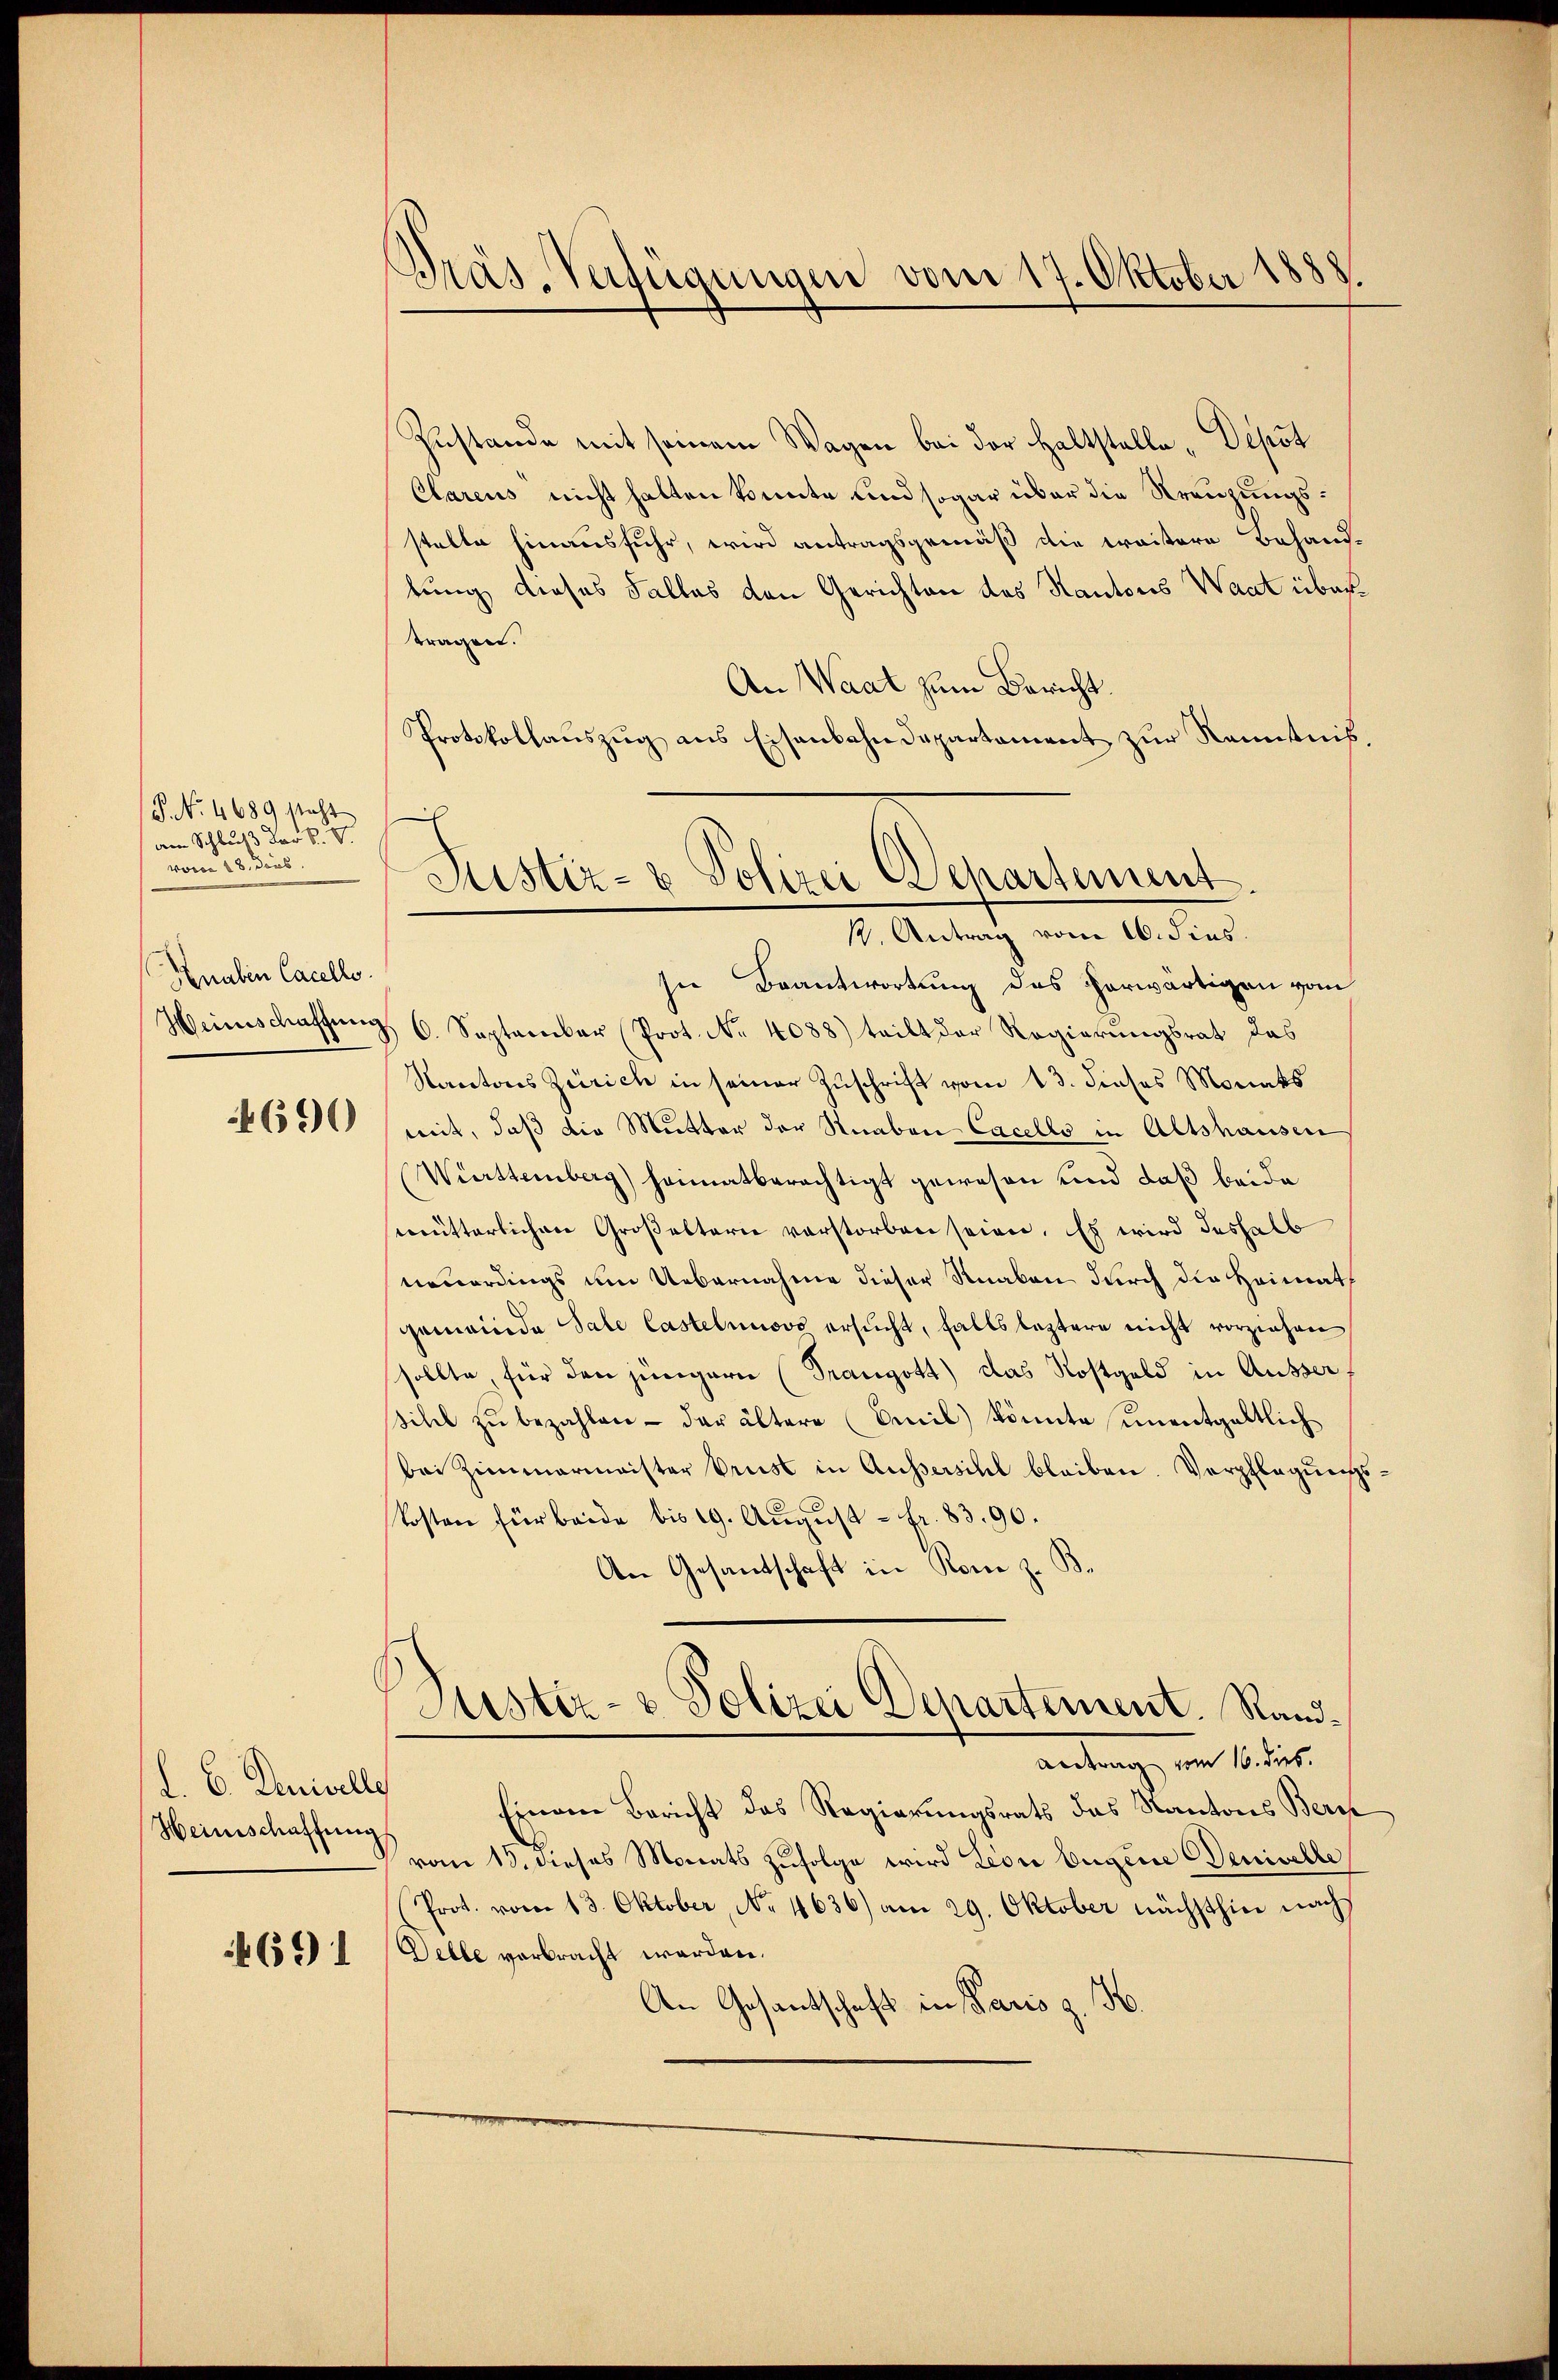
G. . 4689 steht
dem Schluß der B.
vom 18. dans
Knaben Cacelle.

4690

d. 6. Denisells
Heinschaffung

4691

Dräs-Verfügungen vom 17. Oktober 1888.

Zustande mit seinem Wagen bei der Haltstelle , Depot
Clarens nicht hatten könnte und sogar über die Kreuzungsstelle hinausfuhr, wird antragsgemäß die weitere Behand-
tung dieses Falles den Gerichten des Kantons Waat übertragen.
An Waat zum Bericht.
Protokollauszug aus Eisenbahndepartament zur Kenntnis.
sie Beantwortung des herwärtigen vom
Heimschaffung 6. September (Prot. No. 4088) teilt der Regierungsrat das
Kantons Zürich in seiner Zuschrift vom 13. dieses Monats
mit, daß die Mutter der Knaben-Cacello in Altshausen
Württemberg) heimatberechtigt gewesen und daß beide
mütterlichen Großelterie verstorben seien. Es wird deshalb
neuerdings um Uebernahme dieser Knaben durch die Heimath
gemeinde Sale Castelnuovo ersucht, falls leztere nicht vorziehen
sollte, für den jüngern (Prangott) das Kostgeld in Äusser
Silel zŭ bezahlen - der ältere (Ceil) könnte unentgeltlich
bei Zimmermeister Prust in Aussersihl bleiben. Verpflegungskosten für beide bis 19. August - fr. 83. 90.
An Gesandschaft in Rom z. B.
Justiz- & Polizei Departement. Randantrage, von 14 dies
Einem Bericht das Regierungsrath das Kantons Bern
vom 15. dieses Monats zufolge wird Leon Eugene Denivelle
Prot. vom 13. Oktober, No. 4636) am 29. Oktober nächsthin nach
Delle verbracht werden.
An Gesantschaft in Paris z. H.

Justiz- & Polizei Senartement.
1. Antrag vom 16. dies